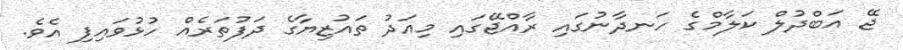
ޖޭ އަބްދުލް ކަލާމްގެ ހަނދާނުގައި ރާއްޖޭގައި މިއަދު ތައުޒިޔާގެ ދަފުތަރެއް ހުޅުވައިފި އެވެ.